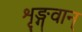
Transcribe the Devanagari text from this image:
शृङ्गवान्